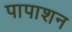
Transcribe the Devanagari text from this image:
पापाशन